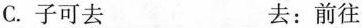
C.子可\underset{·}{去} 去：前往